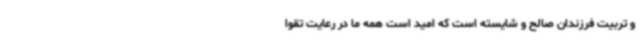
و تربیت فرزندان صالح و شایسته است که امید است همه ما در رعایت تقوا